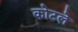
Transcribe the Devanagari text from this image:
कोटले